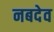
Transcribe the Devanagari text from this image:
नबदेव